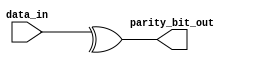
`timescale 10ns / 1ps
//////////////////////////////////////////////////////////////////////////////////
// Company: 
// Engineer: 
// 
// Design Name: 
// Module Name: TRANSMITTER_PARITY_BIT_GEN
// Project Name: 
// Target Devices: 
// Tool Versions: 
// Description: 
// 
// Dependencies: 
// 
// Revision:
// Revision 0.01 - File Created
// Additional Comments:
// 
//////////////////////////////////////////////////////////////////////////////////


module TRANSMITTER_PARITY_BIT_GEN(
    input [7:0] data_in,
    
    output      parity_bit_out      
    );
assign parity_bit_out = ^data_in;
endmodule